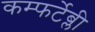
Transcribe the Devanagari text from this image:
कम्फर्टेब्ली